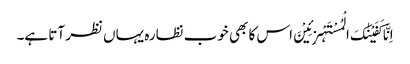
اِنَّا کَفَیْنٰکَ الْمُسْتَہْزِئِیْنَ اس کا بھی خوب نظارہ یہاں نظر آتا ہے۔